Vital statistics of India. Vol. IV, Annual returns from 1871 to 1876. British Army of India, Native Army and jails of Bengal
Year: 1871
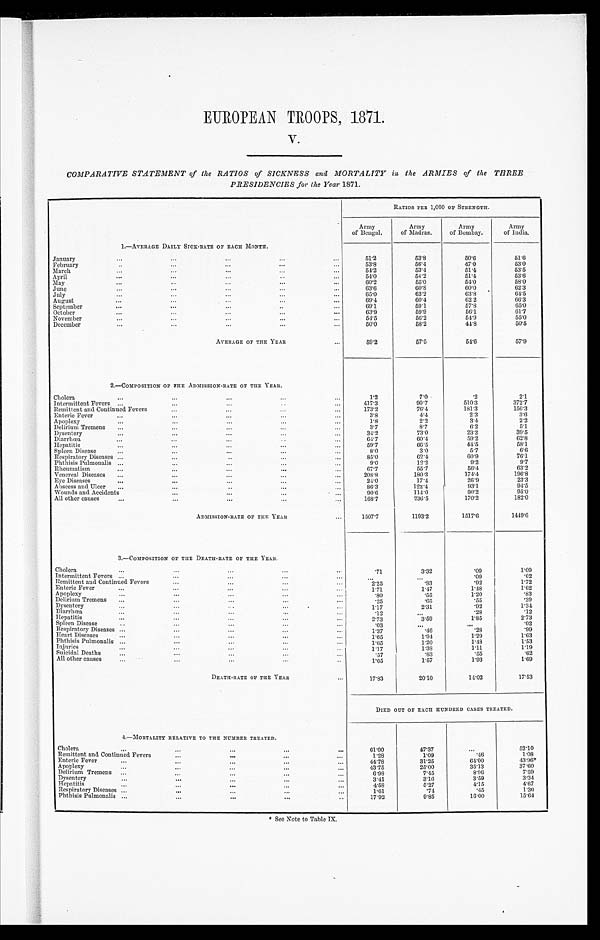
EUROPEAN TROOPS, 1871.
V.
COMPARATIVE STATEMENT of the RATIOS of SICKNESS and MORTALITY in, the ARMIES of the THREE
PRESIDENCIES for the Year 1871.
RATIOS PER 1,000 OF STRENGTH.
Army
of Bengal.
Army
of Madras.
Army
of Bombay.
Army
of India.
1. —AVERAGE DAI LY SI CK–RATE OF EACH MONTH.
Januay
... ...
...
. . .
. . . 51.2
53.8
5 0 . 6
5 1 . 6
February
...
...
...
...
...
53.8
53.4
5 1 . 4
5 3 . 5
March
...
...
...
...
...
5 4 . 2
5 3 . 4 5 1 . 4
5 3 . 6
April
...
...
...
. . .
...
54.0
54.2
5 4 . 0
5 8 . 0
M a y
...
...
...
. . . . . .
60.2
55.0
6 0 . 0
6 2 . 3
J u n e
...
...
...
...
. . .
63.6
6 0 . 8
6 0 . 0
6 4 . 5
July
...
...
...
...
...
65.0
63.2
6 3 . 8
6 6 . 3
August
...
...
...
. . . ...
69.4
60.4
6 2 . 2
6 5 . 0
September
...
...
...
...
. . .
69.1
59.1
57.8
6 1 . 7
October
...
...
...
. . . ...
63.9
59.9
5 6 . 1
5 5 . 0
November
...
...
...
. . . . . .
54.5
56.2
5 4 . 9
5 0 . 5
December
...
...
...
...
...
5 0 . 0
58.2
4 1 . 8
AVERAGE OF THE YEAR
...
5 9 . 2
57.5
5 4 . 6
5 7 . 9
2.—COMPOSITION OF THE ADMISSION-RATE OF THE YEAR.
Cholera
...
...
...
. . . . . .
1.2
7 . 0
.2
2 . 1
Intermittent Fever ...
...
...
...
...
4 1 7 . 3
90.7
510. 3
3 7 2 . 7
Remittent and Continued Fever
. . .
...
. . . ...
173.2
76.4
181. 3
1 5 6 . 3
Enteric Fever
...
...
...
. . . . . .
3 . 8
4 . 4
2 . 3
3 . 6
Apoplex
... ...
...
...
...
1 . 8
2.2
3 . 4
2.2
Delirium Tremen ...
...
...
...
...
3 . 7
8.7
6 . 2
5 . 1
Dysenter
...
...
...
...
. . .
34.2
73.0
2 3 . 2
3 9 . 5
Diarrhœa
...
...
...
..
...
64.7
60.4
5 9 . 2
6 2 . 8
Hepatitis
...
...
...
...
...
59.7
66.5
4 4 . 5
5 8 . 1
Spleen Diseases
. . .
...
...
...
...
8 . 0
3.0
5.7
6.6
Respiratory Diseases ...
. . .
...
. . . . . .
85.0
62.4
6 0 . 9
76.1
Phthisis Pulmonalis ...
...
...
. . . . . .
9 . 0
12.2
9 . 2
9 . 7
Rheumatis
...
...
...
...
...
67.7
55.7
5 6 . 4
6 3 . 2
Venereal Diseases ...
...
...
. . . ...
208.8
180.3
174. 4
1 9 6 . 8
Eye Diseases
...
...
...
. . . ...
24.0
17.4
26.9
2 3 . 3
Abscess and Ulcer ...
...
...
...
...
86.3
122.4
9 3 . 1
9 4 . 5
Wounds and Accident
...
...
. . . . . .
90.6
114.0
9 0 . 2
9 5 . 0
All other cause
...
...
...
. . . . . .
168.7
236.5
170. 2
1 8 2 . 0
ADMISSION-RATE OF THE YEAR
...
1 5 0 7 . 7
1 1 9 3 . 2
1517. 6
1 4 1 9 . 6
3.—COMPOSITION OF THE DEATH-RATE OF THE YEAR.
Cholera
. . .
...
. . .
. . .
. . .
.71
3 . 3 2
.09
1 . 0 9
Intermittent Fevers ...
...
...
...
...
...
' 09
' 02
Remittent and Continued Fever
...
...
. . .
. . .
...
.83
.92
1.72
Enteric Fever
...
...
. . .
...
. . .
1.71
1 . 4 7
1. 18
1.62
Apoplexy
...
...
...
. . .
...
.80
.55
1.20
. 8 3
Delirium Tremens ...
...
...
. . .
. . .
.25
.65
.55
. 3 9
Dysenter
. . .
...
...
. . .
. . .
1. 17
2 . 3 1
.92
1.34
Diarrhœa
. . .
...
. . .
. . .
. . .
.12
. . .
.28
. 1 2
Hepatitis
...
...
...
...
...
2. 73
3.59
1. 85
2.73
Spleen Diseases
. . .
...
...
. . .
...
.03
. . .
. . .
.02
Respiratory Diseases ...
...
...
. . .
...
1. 37
. 4 6
.28
. 9 9
Heart Diseases
...
...
. . .
. . .
. . .
1. 65
1 . 9 4
1. 29
1.63
Phthisis Pulmonalis . . .
...
. . .
. . .
. . .
1.65
1 . 2 0
1. 48
1.53
Injurie
. . .
...
. . .
. . .
. . .
1.17
1 . 3 8
1. 11
1.19
Suicidal Deaths
...
...
...
. . .
...
.57
.83
.55
.62
All other causes
...
...
. . .
. . .
. . .
1. 65
1.57
1. 93
1.69
DEATH-RATE OFT H E
Y E A R .
17.83
2 0 . 1 0
14.02
17. 53
DIED OUT OF EACH HUNDRED CASES TREATED.
4.—MORTALITY RELATIVE TOT H E N U M B E R T R E A T E D .
Cholera
. . .
. . .
...
...
... 6 1 . 0 0
4 7 . 3 7
...
52.10
Remittent and Continued Fevers
...
...
...
. . . 1 . 2 8
1 . 0 9
. 46
1.08
Enteric Fever
. . .
...
. . .
. . .
...
44.78
3 1 . 2 5
64.00
43.96*
Apoplexy
. . .
...
...
...
...
43.75
2 5 . 0 0
35.13
37.60
Delirium Tremens . . .
...
...
...
...
6.98
7 . 4 5
8. 90
7.59
Dysentery
. . .
...
...
...
...
3.41
3 . 1 6
3. 59
3.34
Hepatitis
. . .
. . .
...
...
...
4.58
5.27
4. 15
4.67
Respiratory Diseases . . .
...
. . .
...
...
1.61
. 7 4
.45
1.30
Phthisis Pulmonalis . . .
...
...
. . .
...
17.92
9 . 8 5
16.00
15.64
* See Note to Table IX.